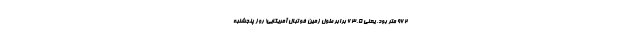
۹۶۲ متر بود، یعنی ۶۳.۵ برابر طول زمین فوتبال آمریکایی! روز پنجشنبه